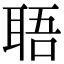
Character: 䎸